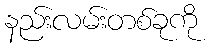
နည်းလမ်းတစ်ခုကို